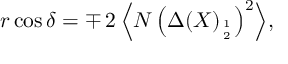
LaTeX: r \cos \delta = \mp \, 2 \, \Bigl \langle N \left( { \Delta } ( X ) _ { 1 \atop 2 } \right) ^ { 2 } \Bigr \rangle ,